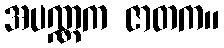
အပဏ္ဏက ဇာတက။